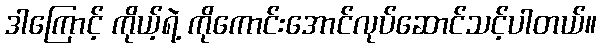
ဒါကြောင့် ကိုယ့်ရဲ့ ကိုကောင်းအောင်လုပ်ဆောင်သင့်ပါတယ်။